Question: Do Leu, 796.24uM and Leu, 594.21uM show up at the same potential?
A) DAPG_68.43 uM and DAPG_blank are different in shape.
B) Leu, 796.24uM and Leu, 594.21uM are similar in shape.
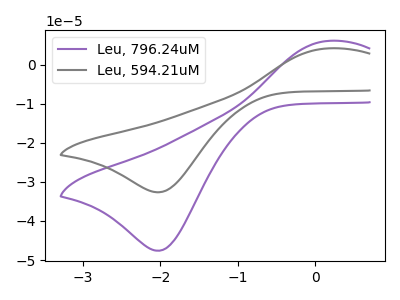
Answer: <think>The purple curve "Leu, 796.24uM" has an anodic peak at (0.15V, 6.10uA) and a cathodic peak at (-2.00V, -47.60uA). The gray curve "Leu, 594.21uM" has an anodic peak at (0.15V, 4.15uA) and a cathodic peak at (-2.00V, -32.65uA).
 All the peaks in "Leu, 796.24uM" have a peak in "Leu, 594.21uM" at the same potential. Every peak in "Leu, 796.24uM" is higher than every peak in "Leu, 594.21uM".</think>
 <answer>B) "Leu, 796.24uM" and "Leu, 594.21uM" are similar in shape.</answer>
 <eval>B</eval>